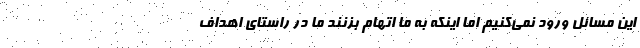
این مسائل ورود نمی‌کنیم اما اینکه به ما اتهام بزنند ما در راستای اهداف